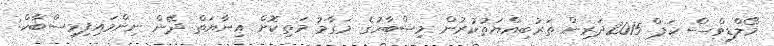
މޯލްޑިވްސް ކަޕް 2015ދަރިން ތަރުބިއްޔަތުކުރުން މިސްބާހުގެ މަގާމު މަތިކޮށް އިނާޔަތް ދޭން ނިންމައިފިމިސްބާހް: